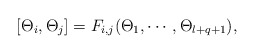
\begin{align*}[\Theta_i,\Theta_{j}]=F_{i,j}(\Theta_1,\cdots,\Theta_{l+q+1}),\end{align*}